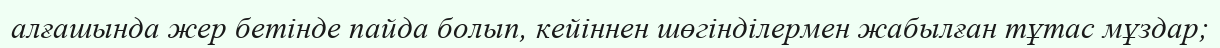
алғашында жер бетінде пайда болып, кейіннен шөгінділермен жабылған тұтас мұздар;